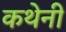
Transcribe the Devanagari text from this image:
कथेनी